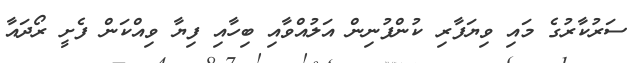
ސަރުކާރުގެ މައި ވިޔަފާރި ކުންފުނިން އަލުއްވާއި ބިހާއި ފިޔާ ވިއްކަން ފެށީ ރޯދައާ